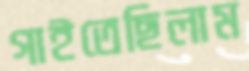
গাইতেছিলাম